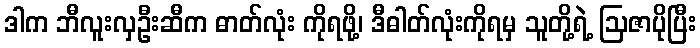
ဒါက ဘီလူးလှဦးဆီက ဓာတ်လုံး ကိုရဖို့၊ ဒီဓါတ်လုံးကိုရမှ သူတို့ရဲ့ ဩဇာပိုပြီး